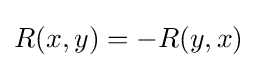
R(x,y)=-R(y,x)